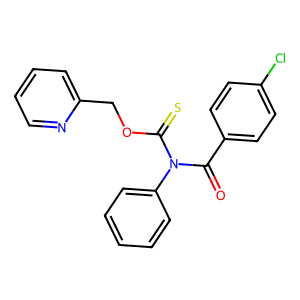
SMILES: O=C(c1ccc(Cl)cc1)N(C(=S)OCc1ccccn1)c1ccccc1
Inhibits HIV replication: No